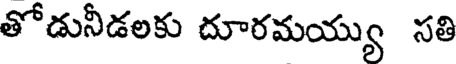
తోడునీడలకు దూరమయ్యు సతి